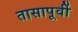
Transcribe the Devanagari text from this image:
तासापूर्वी